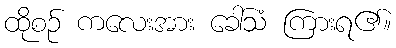
ထိုစဉ် ကလေးအား ခေါ်သံ ကြားရ၏။